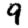
Digit: 9